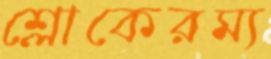
শ্লোকেরম্য